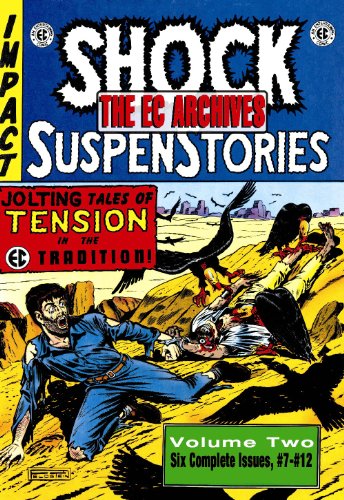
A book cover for The EC Archives: Shock Suspenstories Volume 2 (v. 2); Al Feldstein; Science & Math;